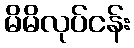
မိမိလုပ်ငန်း